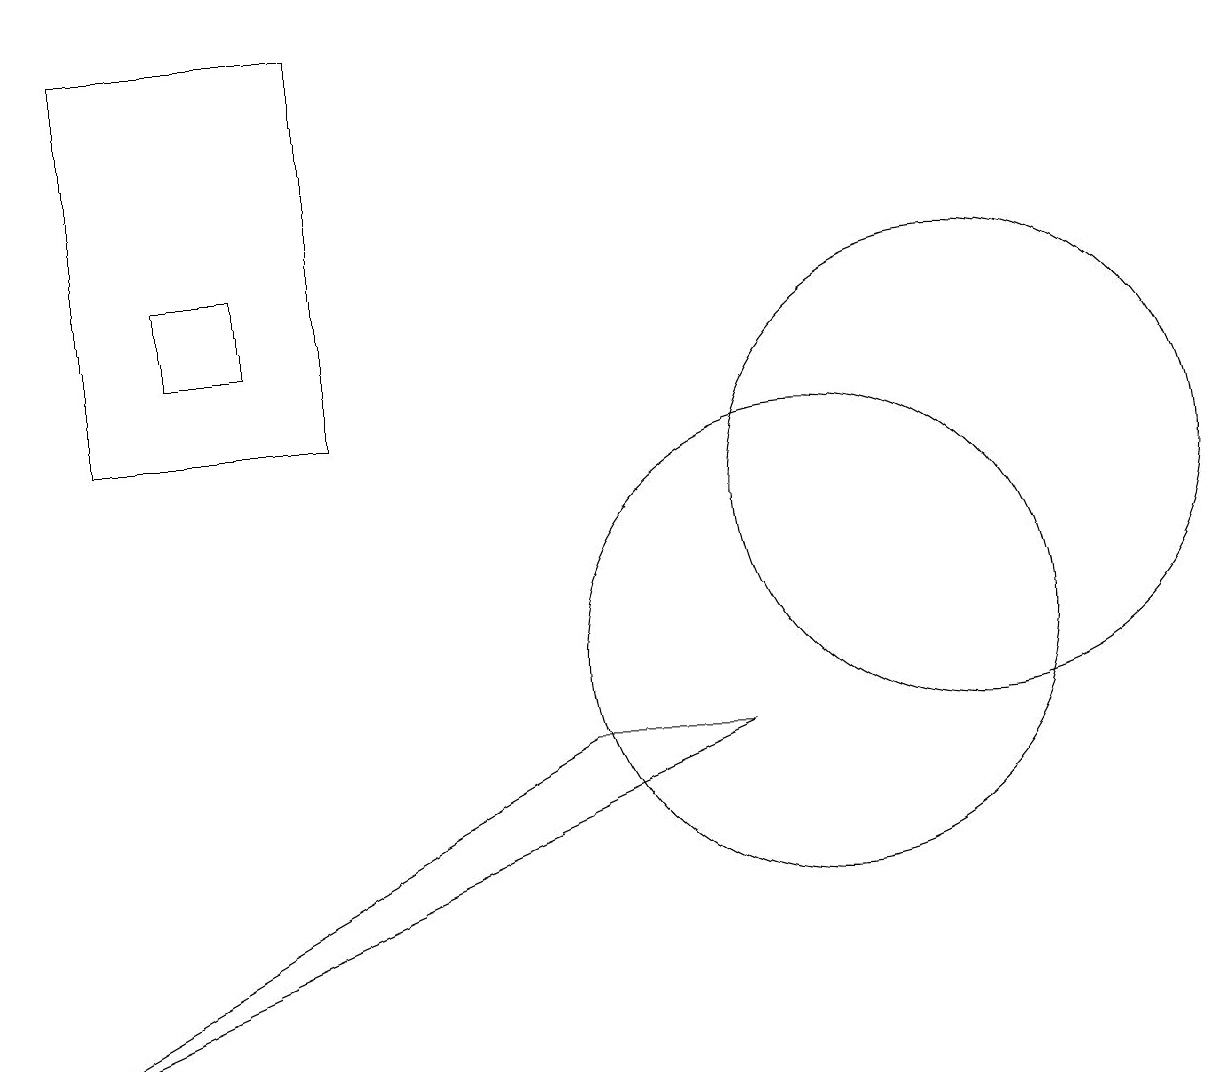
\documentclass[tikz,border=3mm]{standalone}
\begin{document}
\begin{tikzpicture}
\draw (12,12) circle (3);
\draw (4,13) rectangle (1,18);
\draw (3,15) rectangle (2,14);
\draw (0,5) -- (7,9) -- (9,9) -- cycle;
\draw (10,10) circle (3);
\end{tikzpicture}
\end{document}